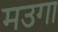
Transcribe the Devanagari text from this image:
मउगा